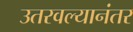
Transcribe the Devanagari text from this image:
उतरवल्यानंतर